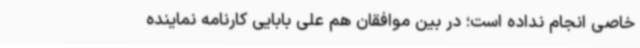
خاصی انجام نداده است؛ در بین موافقان هم علی بابایی کارنامه نماینده